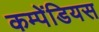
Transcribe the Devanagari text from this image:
कम्पेंडियस